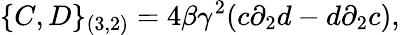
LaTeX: \{ C,D\} _{(3,2)}=4\beta{\gamma}^{2}(c{\partial}_{2}d-d{\partial}_{2}c),